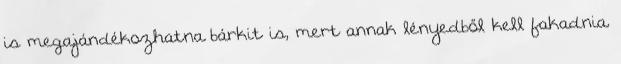
is megajándékozhatna bárkit is, mert annak lényedből kell fakadnia.